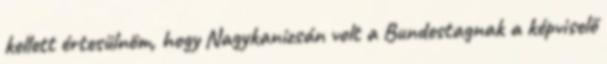
kellett értesülnöm, hogy Nagykanizsán volt a Bundestagnak a képviselő